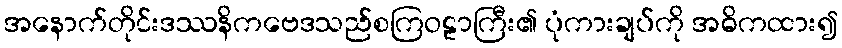
အနောက်တိုင်းဒဿနိကဗေဒသည်စကြဝဠာကြီး၏ ပုံကားချပ်ကို အဓိကထား၍